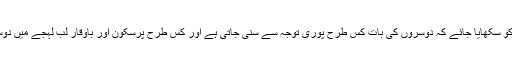
اس لیے ضروری ہے کہ بچوں کو سکھایا جائے کہ دوسروں کی بات کس طرح پوری توجہ سے سنی جاتی ہے اور کس طرح پرسکون اور باوقار لب لہجے میں دوسروں کی بات کا جواب دینا ہے۔